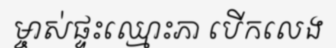
ម្ចាស់ផ្ទះឈ្មោះភា បើកលេង